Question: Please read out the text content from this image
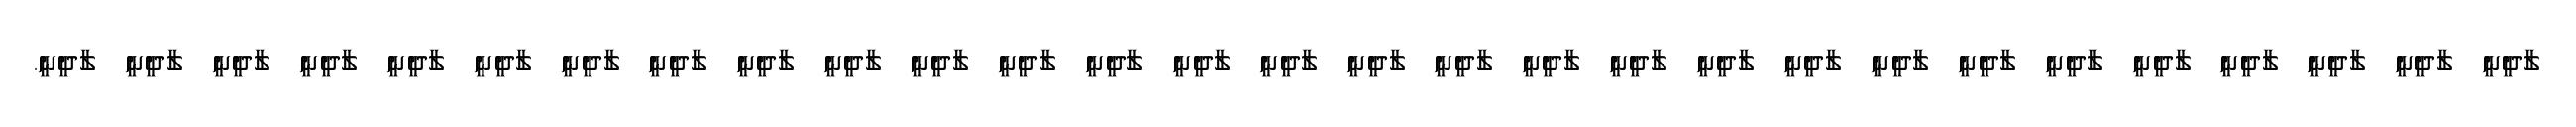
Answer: ލާދީނީ ލާދީނީ ލާދީނީ ލާދީނީ ލާދީނީ ލާދީނީ ލާދީނީ ލާދީނީ ލާދީނީ ލާދީނީ ލާދީނީ ލާދީނީ ލާދީނީ ލާދީނީ ލާދީނީ ލާދީނީ ލާދީނީ ލާދީނީ ލާދީނީ ލާދީނީ ލާދީނީ ލާދީނީ ލާދީނީ ލާދީނީ ލާދީނީ ލާދީނީ ލާދީނީ ލާދީނީ ލާދީނީ.